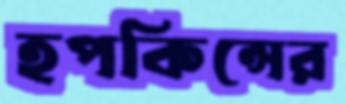
হপকিন্সের